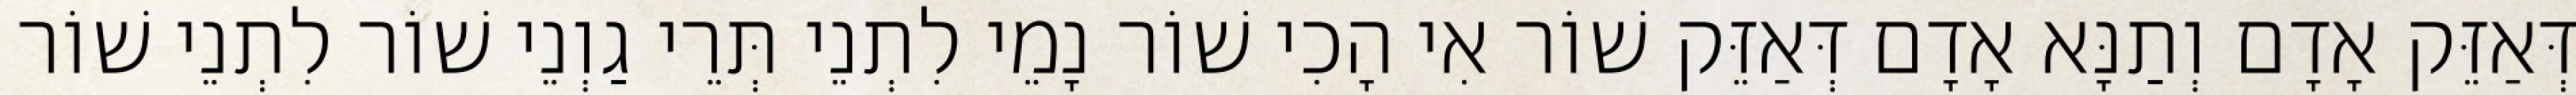
דְּאַזֵּק אָדָם וְתַנָּא אָדָם דְּאַזֵּק שׁוֹר אִי הָכִי שׁוֹר נָמֵי לִתְנֵי תְּרֵי גַוְנֵי שׁוֹר לִתְנֵי שׁוֹר